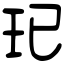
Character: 𤣱